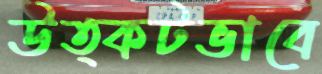
উত্কটভাবে